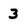
Character: 3